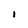
Character: I